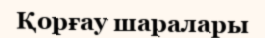
Қорғау шаралары